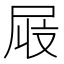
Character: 𫵜